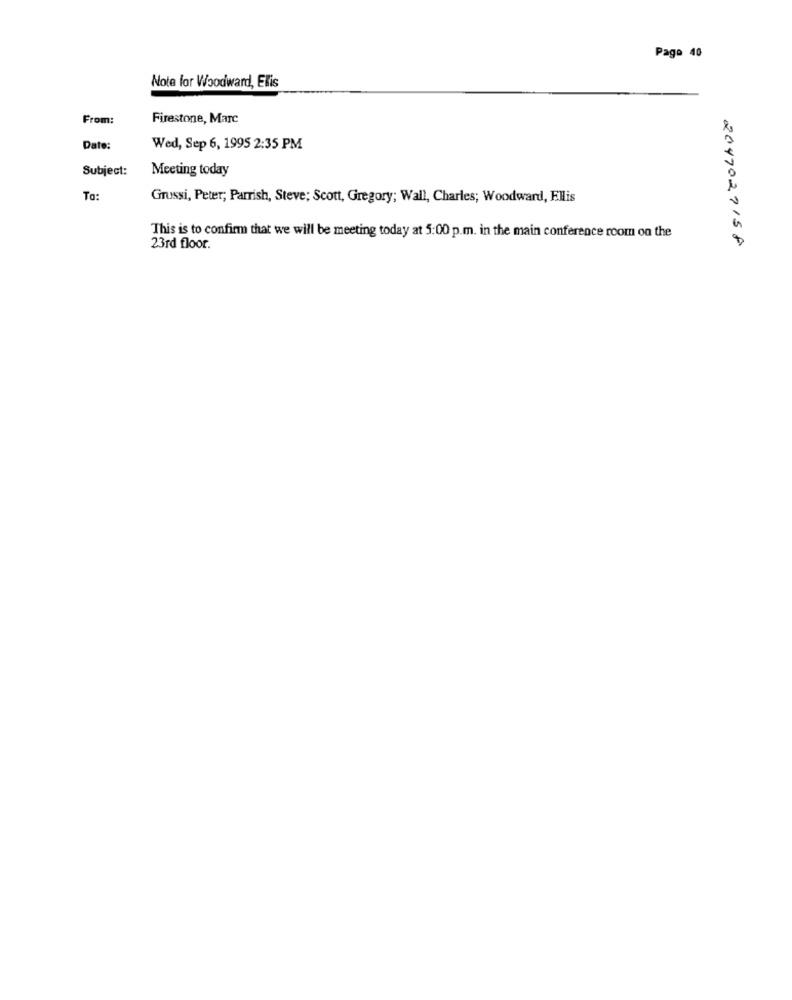
Pago 40
Note for Woodward, Ellis
From:
Firestone, Marc
Date:
Wed, Sep 6, 1995 2:35 PM
Subject:
Meeting today
To:
Grussi, Peter; Parrish, Steve; Scott, Gregory; Wall, Charles; Woodward, Ellis
This is to confirm that we will be meeting today at 5:00 p.m. in the main conference room on the
2047027158
23rd floor.